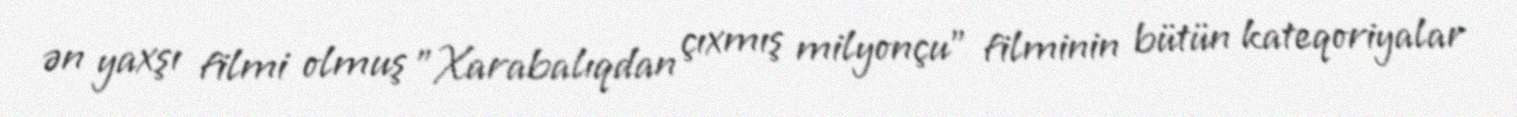
ən yaxşı filmi olmuş "Xarabalıqdan çıxmış milyonçu" filminin bütün kateqoriyalar